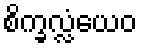
စိက္ခလ္လံယေဝ